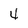
Character: 4